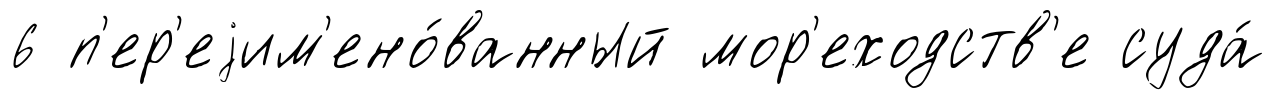
6 п'ер'еjим'ено́ванный мор'еходств'е суда́